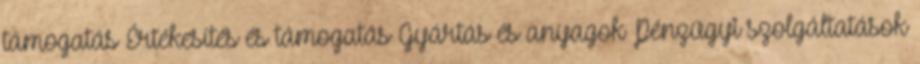
támogatás Értékesítés és támogatás Gyártás és anyagok Pénzügyi szolgáltatások